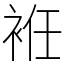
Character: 袵